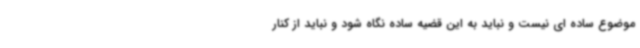
موضوع ساده ای نیست و نباید به این قضیه ساده نگاه شود و نباید از کنار